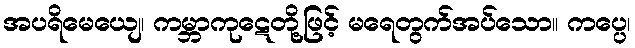
အပရိမေယျေ၊ ကမ္ဘာကုဋေတို့ဖြင့် မရေတွက်အပ်သော။ ကပ္ပေ၊